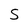
Character: S